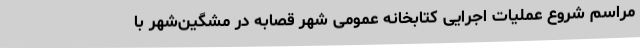
مراسم شروع عملیات اجرایی کتابخانه عمومی شهر قصابه در مشگین‌شهر با